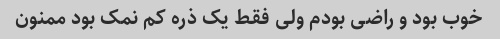
خوب بود و راضی بودم ولی فقط یک ذره کم نمک بود ممنون